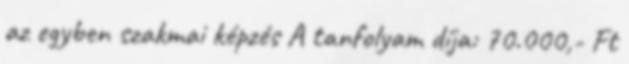
az egyben szakmai képzés A tanfolyam díja: 70.000,- Ft